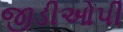
જીડીઓપી